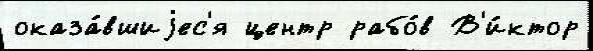
оказа́вшиjес'я центр рабо́в В'и́ктор